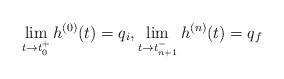
LaTeX: \begin{align*}\lim_{t \rightarrow {t^+_{0}}}h^{(0)}(t)=q_i ,\lim_{t \rightarrow {t^-_{n+1}}}h^{(n)}(t)=q_f\end{align*}